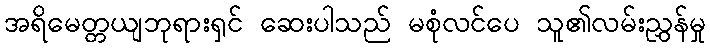
အရိမေတ္တယျဘုရားရှင် ဆေးပါသည် မစုံလင်ပေ သူ၏လမ်းညွှန်မှု